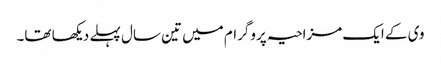
وی کے ایک مزاحیہ پروگرام میں تین سال پہلے دیکھا تھا۔